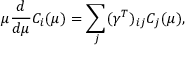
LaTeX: \mu \frac { d } { d \mu } C _ { i } ( \mu ) = \displaystyle \sum _ { j } ( \gamma ^ { T } ) _ { i j } C _ { j } ( \mu ) ,